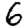
Digit: 6